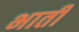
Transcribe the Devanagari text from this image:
भातीं